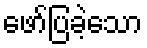
ဖော်ပြခဲ့သော